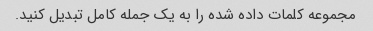
مجموعه کلمات داده شده را به یک جمله کامل تبدیل کنید.